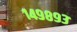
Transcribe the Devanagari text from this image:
१४९८९३